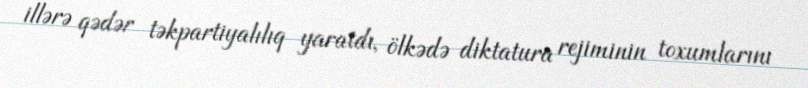
illərə qədər təkpartiyalılıq yaratdı, ölkədə diktatura rejiminin toxumlarını